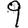
Digit: 9